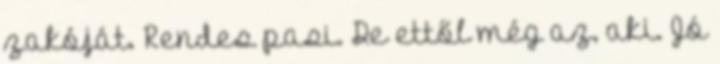
zakóját. Rendes pasi. De ettől még az, aki. Jó